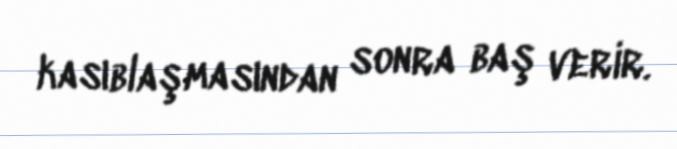
kasıblaşmasından sonra baş verir.